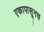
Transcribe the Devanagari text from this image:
एकापासूनच